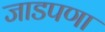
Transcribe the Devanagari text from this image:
जाडपणा